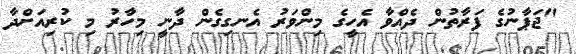
"ޖަޕާނުގެ ފަރާތުން ދެއްވާ އެހީގެ މިންވަރު އެނގިގެން ދާނީ މިހާރު މި ކުރިއަށްދާ